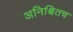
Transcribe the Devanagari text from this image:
अनिश्चितच